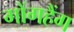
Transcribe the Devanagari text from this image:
गोंगहैंग